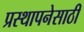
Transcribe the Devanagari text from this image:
प्रस्थापनेसाठी